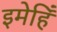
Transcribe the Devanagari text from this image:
इमेहिँ